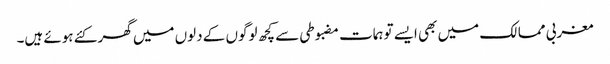
مغربی ممالک میں بھی ایسے توہمات مضبوطی سے کچھ لوگوں کے دلوں میں گھر کئے ہوئے ہیں۔